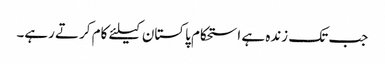
جب تک زندہ ہے استحکام پاکستان کیلئے کام کرتے رہے۔